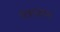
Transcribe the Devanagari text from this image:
तंत्राज्ञान